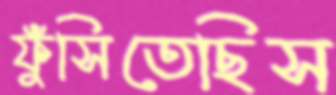
ফুঁসিতেছিস